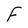
Character: F